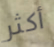
أكثر